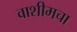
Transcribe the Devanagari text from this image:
वाशीमचा